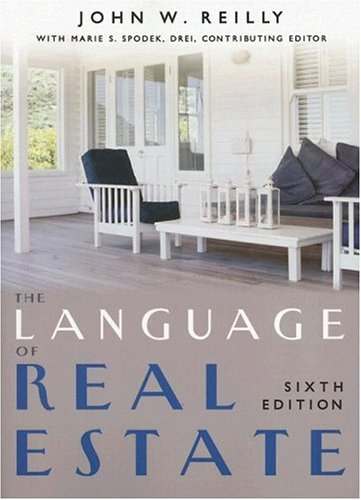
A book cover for The Language of Real Estate; John Reilly; Business & Money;